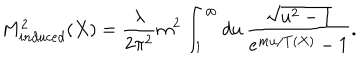
LaTeX: M _ { i n d u c e d } ^ { 2 } ( X ) = \frac { \lambda } { 2 \pi ^ { 2 } } m ^ { 2 } \int _ { 1 } ^ { \infty } d u \, \frac { \sqrt { u ^ { 2 } - 1 } } { e ^ { m u / T ( X ) } - 1 } .